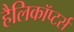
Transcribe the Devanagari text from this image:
हैलिकॉप्टर्स